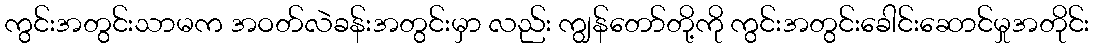
ကွင်းအတွင်းသာမက အဝတ်လဲခန်းအတွင်းမှာ လည်း ကျွန်တော်တို့ကို ကွင်းအတွင်းခေါင်းဆောင်မှုအတိုင်း